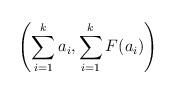
LaTeX: \begin{align*} \left(\sum_{i=1}^k a_i, \sum_{i=1}^k F(a_i)\right) \end{align*}